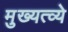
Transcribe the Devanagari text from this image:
मुख्यत्व्ये